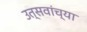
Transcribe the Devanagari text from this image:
उत्सवांच्या